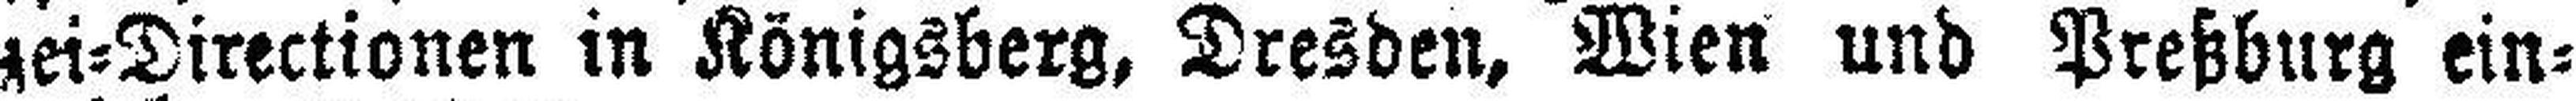
zei=Directionen in Königsberg, Dresden, Wien und Preßburg ein¬